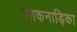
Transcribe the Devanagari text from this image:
शाकनाड़िका